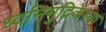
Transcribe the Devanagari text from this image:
ध्वनिमुद्रिकेच्या